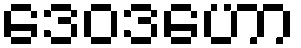
ဒေဝဒဟော